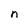
Character: n